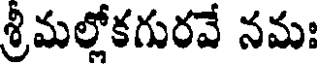
శ్రీమల్లోకగురవే నమః